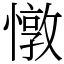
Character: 憞